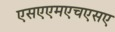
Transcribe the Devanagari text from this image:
एसएएमएचएसए